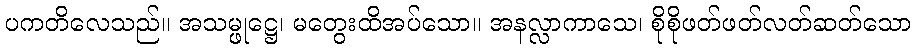
ပကတိလေသည်။ အသမ္ဖုဋ္ဌေ၊ မတွေးထိအပ်သော။ အနလ္လာကာသေ၊ စိုစိုဖတ်ဖတ်လတ်ဆတ်သော